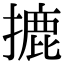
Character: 摝